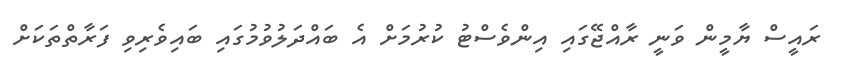
ރައީސް ޔާމީން ވަނީ ރާއްޖޭގައި އިންވެސްޓު ކުރުމަށް އެ ބައްދަލުވުމުގައި ބައިވެރިވި ފަރާތްތަކަށް